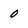
Character: 0